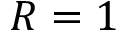
R = 1